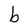
Character: b